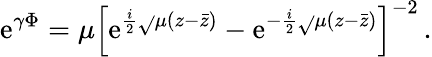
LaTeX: \mathrm{e}^{\gamma\Phi}=\mu\left[\mathrm{e}^{\frac{i}{2}\sqrt{}{{\mu}}(z-\bar{{z}})}-\mathrm{e}^{-\frac{i}{2}\sqrt{}{{\mu}}(z-\bar{{z}})}\right]^{-2}\, .